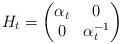
\begin{align*}H_t = \begin{pmatrix}\alpha_t&0\\0&\alpha_t^{-1}\end{pmatrix}\end{align*}